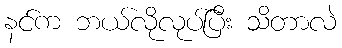
နင်က ဘယ်လိုလုပ်ပြီး သိတာလဲ